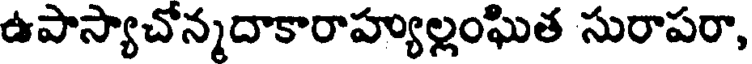
ఉపాస్యాచోన్నదాకారాహ్యుల్లంఘిత సురాపరా,